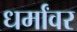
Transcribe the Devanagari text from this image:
धर्मांवर